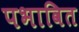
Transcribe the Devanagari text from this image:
पभावित